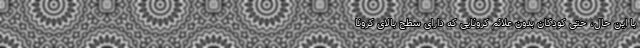
با این حال، حتی کودکان بدون علائم کرونایی که دارای سطح بالای کرونا